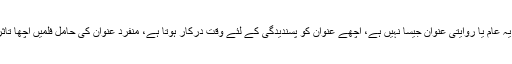
اس سلسلے میں ان کا کہنا ہے کہ فلم کا عنوان سن کر تھوڑی حیرانگی ہوئی کیونکہ یہ عام یا روایتی عنوان جیسا نہیں ہے، اچھے عنوان کو پسندیدگی کے لئے وقت درکار ہوتا ہے، منفرد عنوان کی حامل فلمیں اچھا تاثر چھوڑتی ہیں اور ایک بار فلم لوگوں کو پسند آجائے تو لوگ اسے بھول نہیں سکتے۔